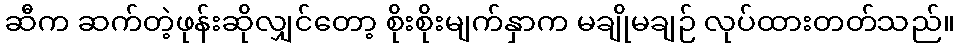
ဆီက ဆက်တဲ့ဖုန်းဆိုလျှင်တော့ စိုးစိုးမျက်နှာက မချိုမချဉ် လုပ်ထားတတ်သည်။